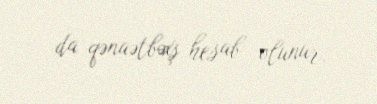
da qənaətbəxş hesab olunur.